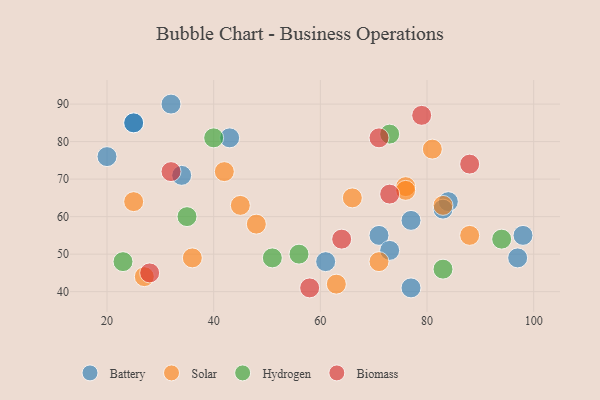
{"axis": {"x": "GDP", "y": "Life Expectancy"}, "legend": ["Battery", "Biomass", "Hydrogen", "Solar"], "data": [{"x": "61", "y": 48, "type": "Battery"}, {"x": "25", "y": 85, "type": "Battery"}, {"x": "84", "y": 64, "type": "Battery"}, {"x": "25", "y": 85, "type": "Battery"}, {"x": "83", "y": 62, "type": "Battery"}, {"x": "97", "y": 49, "type": "Battery"}, {"x": "98", "y": 55, "type": "Battery"}, {"x": "71", "y": 55, "type": "Battery"}, {"x": "20", "y": 76, "type": "Battery"}, {"x": "34", "y": 71, "type": "Battery"}, {"x": "32", "y": 90, "type": "Battery"}, {"x": "77", "y": 59, "type": "Battery"}, {"x": "77", "y": 41, "type": "Battery"}, {"x": "73", "y": 51, "type": "Battery"}, {"x": "43", "y": 81, "type": "Battery"}, {"x": "45", "y": 63, "type": "Solar"}, {"x": "76", "y": 68, "type": "Solar"}, {"x": "63", "y": 42, "type": "Solar"}, {"x": "48", "y": 58, "type": "Solar"}, {"x": "81", "y": 78, "type": "Solar"}, {"x": "76", "y": 67, "type": "Solar"}, {"x": "25", "y": 64, "type": "Solar"}, {"x": "42", "y": 72, "type": "Solar"}, {"x": "27", "y": 44, "type": "Solar"}, {"x": "83", "y": 63, "type": "Solar"}, {"x": "71", "y": 48, "type": "Solar"}, {"x": "66", "y": 65, "type": "Solar"}, {"x": "88", "y": 55, "type": "Solar"}, {"x": "36", "y": 49, "type": "Solar"}, {"x": "40", "y": 81, "type": "Hydrogen"}, {"x": "56", "y": 50, "type": "Hydrogen"}, {"x": "83", "y": 46, "type": "Hydrogen"}, {"x": "73", "y": 82, "type": "Hydrogen"}, {"x": "35", "y": 60, "type": "Hydrogen"}, {"x": "51", "y": 49, "type": "Hydrogen"}, {"x": "94", "y": 54, "type": "Hydrogen"}, {"x": "23", "y": 48, "type": "Hydrogen"}, {"x": "58", "y": 41, "type": "Biomass"}, {"x": "73", "y": 66, "type": "Biomass"}, {"x": "28", "y": 45, "type": "Biomass"}, {"x": "71", "y": 81, "type": "Biomass"}, {"x": "88", "y": 74, "type": "Biomass"}, {"x": "64", "y": 54, "type": "Biomass"}, {"x": "79", "y": 87, "type": "Biomass"}, {"x": "32", "y": 72, "type": "Biomass"}]}